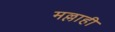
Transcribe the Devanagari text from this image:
मल्लाही